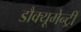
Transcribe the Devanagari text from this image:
डौक्यूमेन्ट्री